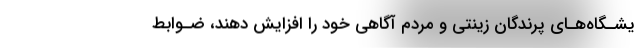
یشـگاه‌هـای پرندگان زینتی و مردم آگاهی خود را افزایش دهند، ضـوابط